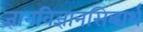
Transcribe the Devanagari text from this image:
ज्ञानविज्ञानसिद्ध्यर्थं